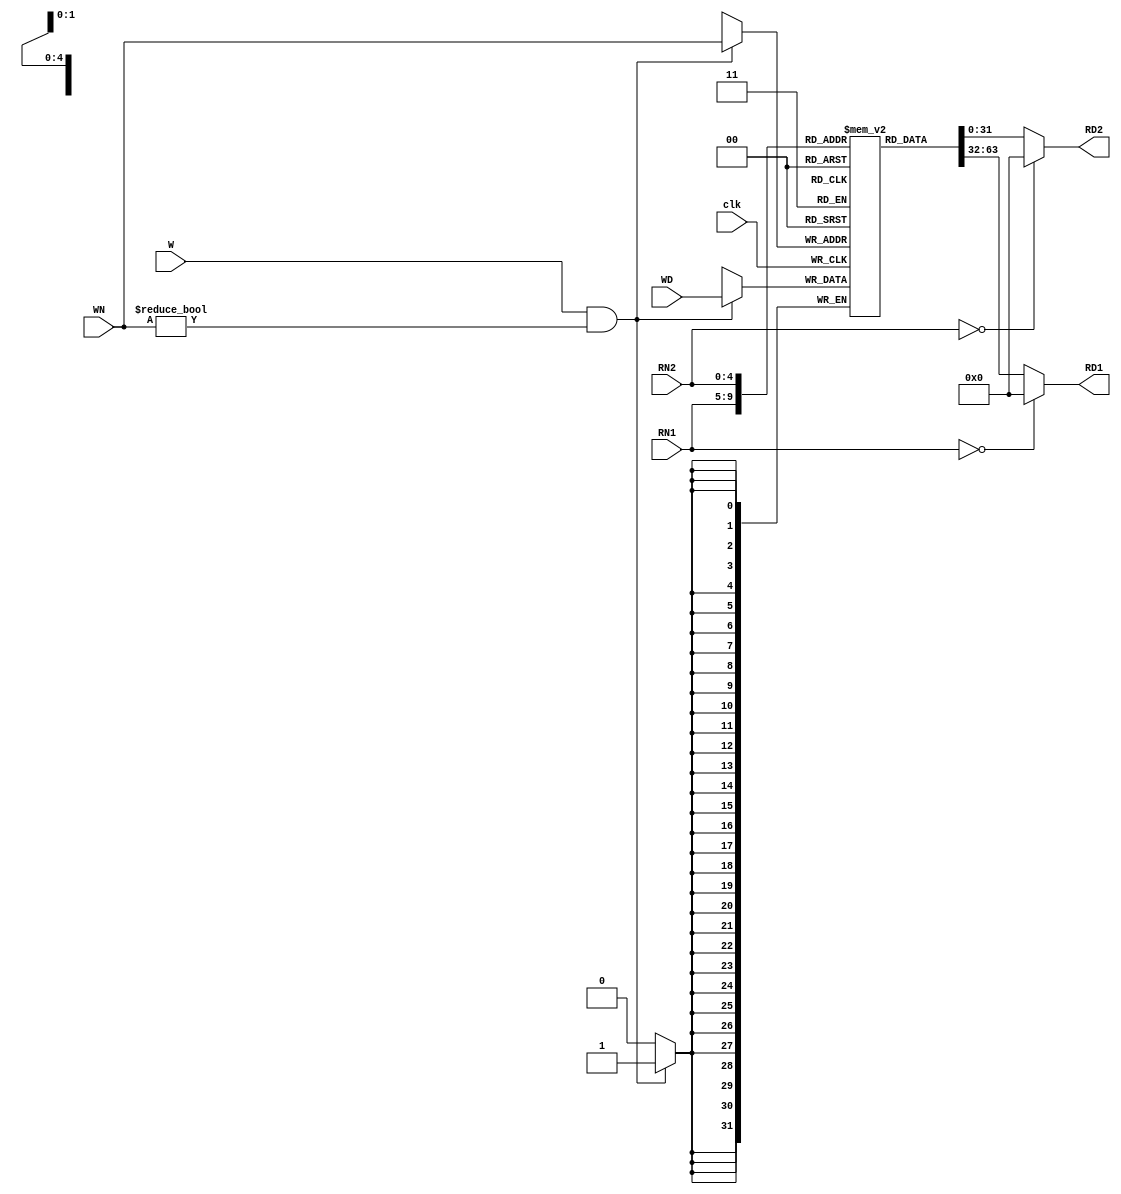
module rf(RD1,RD2, RN1,RN2, WN,WD, clk, W);
/****************************
Behavioral register file
Written by H. Roumani, 2009
****************************/
parameter DEBUG = 0;

input clk, W;
input [4:0] RN1, RN2, WN;
input [31:0] WD;
output [31:0] RD1, RD2;

reg [31:0] RD1, RD2;
reg [31:0] arr [1:31];

always @(RN1 or arr[RN1])
	if (RN1 == 0)
		RD1 = 0;
	else
	begin
		RD1 = arr[RN1];
		if (DEBUG != 0) $display("RF: read %0dd from reg#%0d", RD1, RN1);
	end

always @(RN2 or arr[RN2])
	if (RN2 == 0)
		RD2 = 0;
	else
	begin
		RD2 = arr[RN2];
		if (DEBUG != 0) $display("RF: read %0dd from reg#%0d", RD2, RN2);
	end
		

always @(posedge clk) 
	if (W == 1 && WN != 0)
	begin
		arr[WN] = WD;
		if (DEBUG != 0) $display("RF: wrote %0dd to reg#%0d", WD, WN);
	end

endmodule